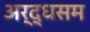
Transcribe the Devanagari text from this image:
अर्द्धसम